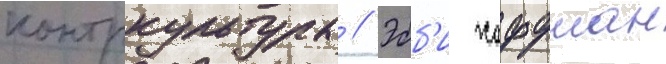
контркультуры // Эбб'и хоффман